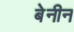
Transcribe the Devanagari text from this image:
बेनीन